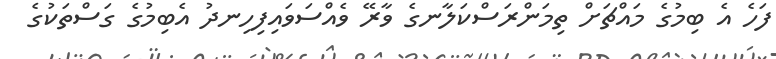
ފަހެ އެ ބިމުގެ މައްޗަށް ތިމަންރަސްކަލާނގެ ވާރޭ ވެއްސަވައިފިހިނދު އެބިމުގެ ގަސްތަކުގެ